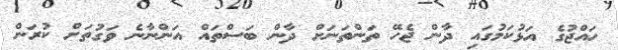
ހައްޖުގެ އަޅުކަމުގައި ދާން ޖެހޭ ތަންތަނަށް ދާން ބަސްތައް އަންނާނެ ވަގުތަށް ކުރަން